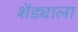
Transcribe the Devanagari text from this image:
शेंड्याला